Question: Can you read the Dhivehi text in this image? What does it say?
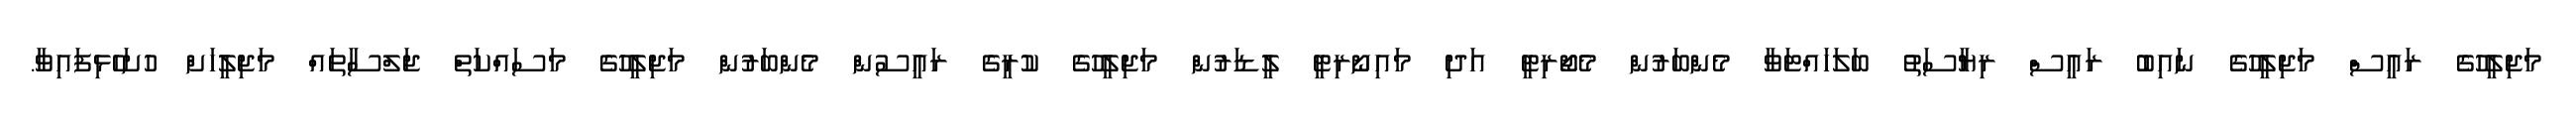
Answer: މަޖިލީހުގެ ރައީސް މަޖިލީހުގެ ނައިބު ރައީސް ރިޔާސަތު ބަލަހައްޓަވާ މެންބަރުން މެޖޯރިޓީ އަދި މައިނޯރިޓީ ލީޑަރުން މަޖިލީހުގެ ކުރީގެ ރައީސުން މެންބަރުން މަޖިލީހުގެ މަސައްކަތް ޖަލްސާތައް މަޖިލީހަށް ހުށަހެޅިފައިވާ.